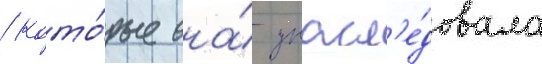
/ кото́рые она́ унасл'е́довала